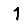
Digit: 1